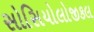
સોસિયોલોજીકલ